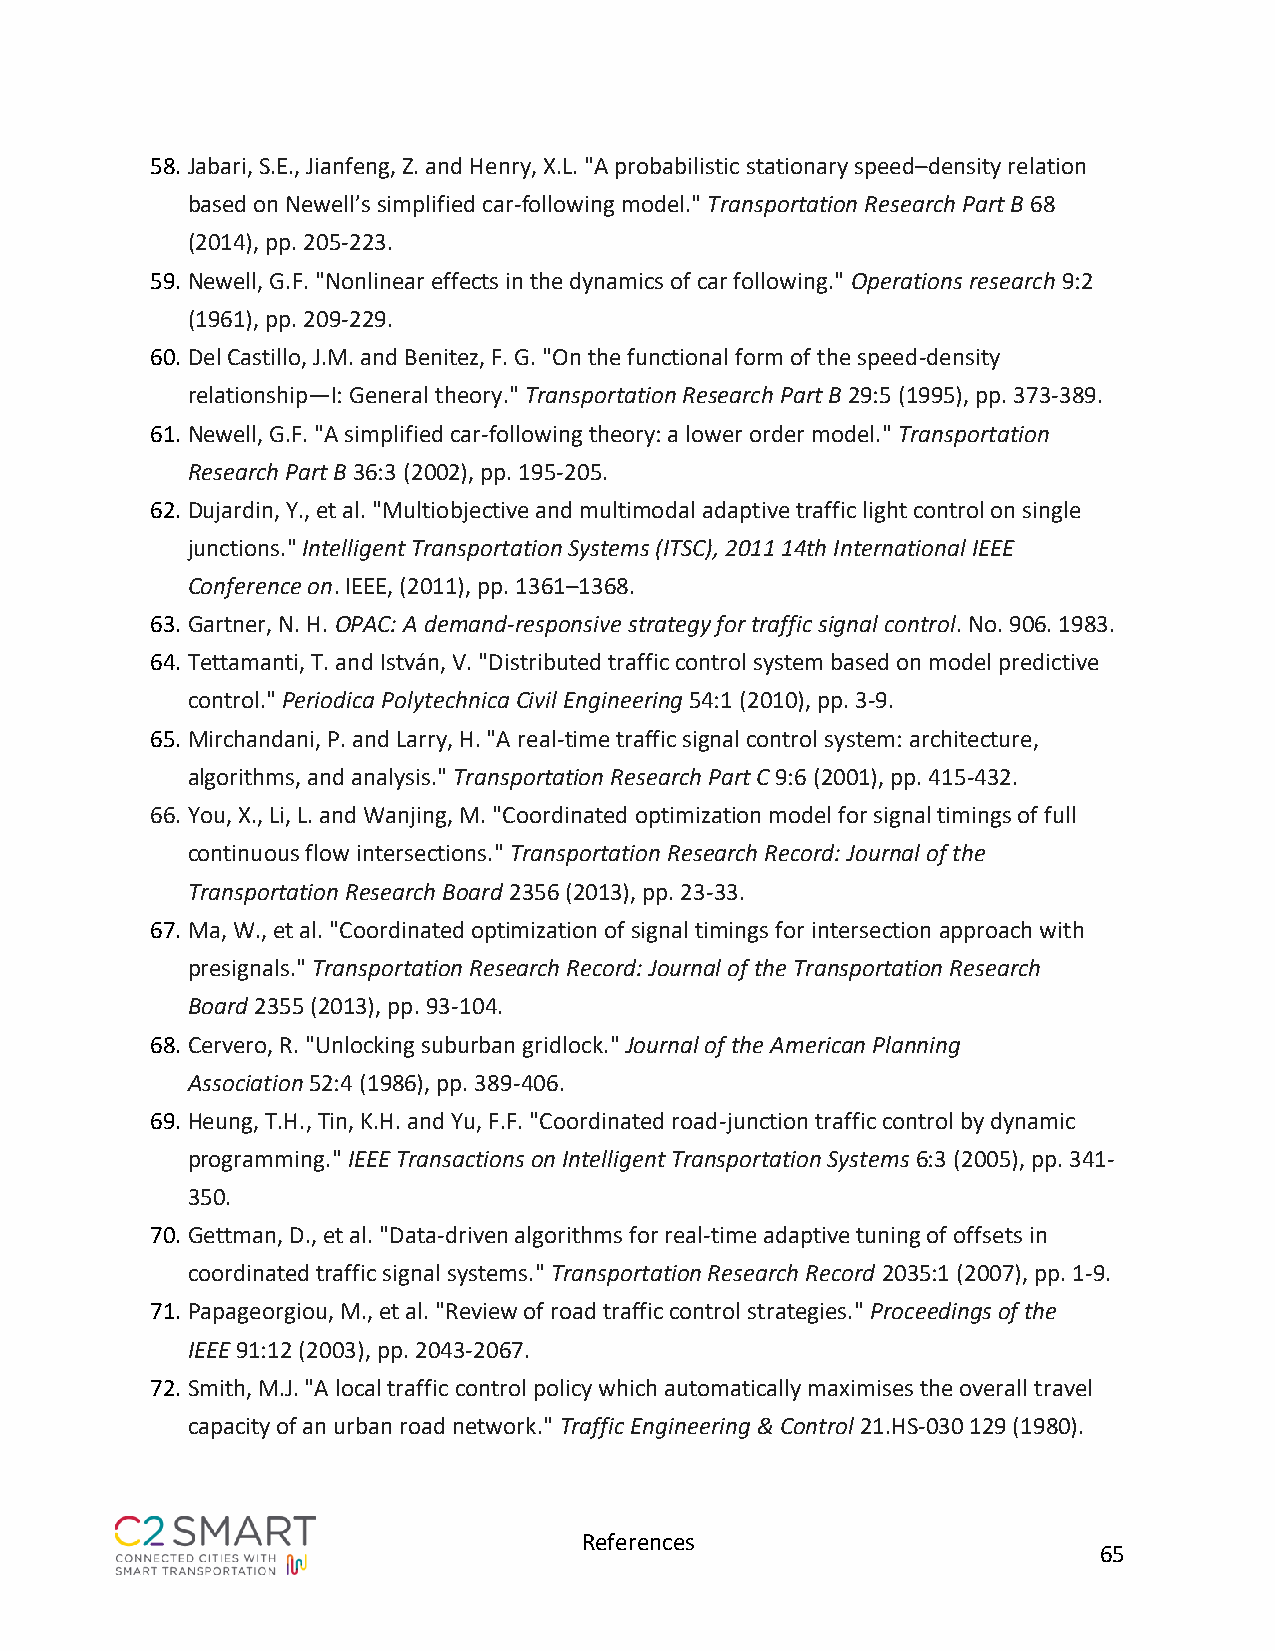
58. Jabari, S.E., Jianfeng, Z. and Henry, X.L. "A probabilistic stationary speed–density relation
 based on Newell’s simplified car-following model." Transportation Research Part B 68
 (2014), pp. 205-223.
 59. Newell, G.F. "Nonlinear effects in the dynamics of car following." Operations research 9:2
 (1961), pp. 209-229.
 60. Del Castillo, J.M. and Benitez, F. G. "On the functional form of the speed-density
 relationship—I: General theory." Transportation Research Part B 29:5 (1995), pp. 373-389.
 61. Newell, G.F. "A simplified car-following theory: a lower order model." Transportation
 Research Part B 36:3 (2002), pp. 195-205.
 62. Dujardin, Y., et al. "Multiobjective and multimodal adaptive traffic light control on single
 junctions." Intelligent Transportation Systems (ITSC), 2011 14th International IEEE
 Conference on. IEEE, (2011), pp. 1361–1368.
 63. Gartner, N. H. OPAC: A demand-responsive strategy for traffic signal control. No. 906. 1983.
 64. Tettamanti, T. and István, V. "Distributed traffic control system based on model predictive
 control." Periodica Polytechnica Civil Engineering 54:1 (2010), pp. 3-9.
 65. Mirchandani, P. and Larry, H. "A real-time traffic signal control system: architecture,
 algorithms, and analysis." Transportation Research Part C 9:6 (2001), pp. 415-432.
 66. You, X., Li, L. and Wanjing, M. "Coordinated optimization model for signal timings of full
 continuous flow intersections." Transportation Research Record: Journal of the
 Transportation Research Board 2356 (2013), pp. 23-33.
 67. Ma, W., et al. "Coordinated optimization of signal timings for intersection approach with
 presignals." Transportation Research Record: Journal of the Transportation Research
 Board 2355 (2013), pp. 93-104.
 68. Cervero, R. "Unlocking suburban gridlock." Journal of the American Planning
 Association 52:4 (1986), pp. 389-406.
 69. Heung, T.H., Tin, K.H. and Yu, F.F. "Coordinated road-junction traffic control by dynamic
 programming." IEEE Transactions on Intelligent Transportation Systems 6:3 (2005), pp. 341-
 350.
 70. Gettman, D., et al. "Data-driven algorithms for real-time adaptive tuning of offsets in
 coordinated traffic signal systems." Transportation Research Record 2035:1 (2007), pp. 1-9.
 71. Papageorgiou, M., et al. "Review of road traffic control strategies." Proceedings of the
 IEEE 91:12 (2003), pp. 2043-2067.
 72. Smith, M.J. "A local traffic control policy which automatically maximises the overall travel
 capacity of an urban road network." Traffic Engineering & Control 21.HS-030 129 (1980).
 References
 65